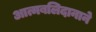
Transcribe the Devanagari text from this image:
आत्मबलिदानाने